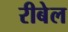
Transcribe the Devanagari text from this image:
रीबेल